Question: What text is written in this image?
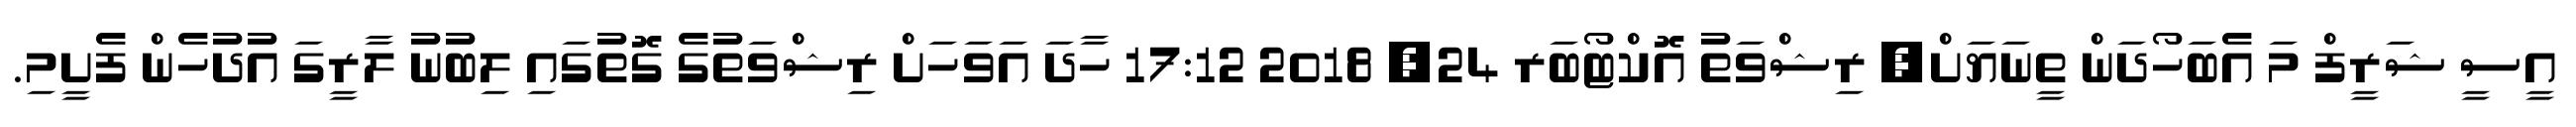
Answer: އީސީ ޝަރީފް މަ އެބަހޯދަން ތީނަޔަށް? ރިޝްވަތު އޮކްޓޯބަރ 24, 2018 17:12 ހާދަ އަވަހަށް ރިޝްވަތުގެ ގޮތުގައި ލިބުނު ލާރީގަ އުދުހެން ފެށީމި.